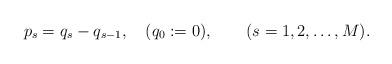
LaTeX: \begin{align*}p_s = q_s - q_{s-1}, \quad (q_0 := 0), \qquad ( s=1,2,\dots,M ). \end{align*}